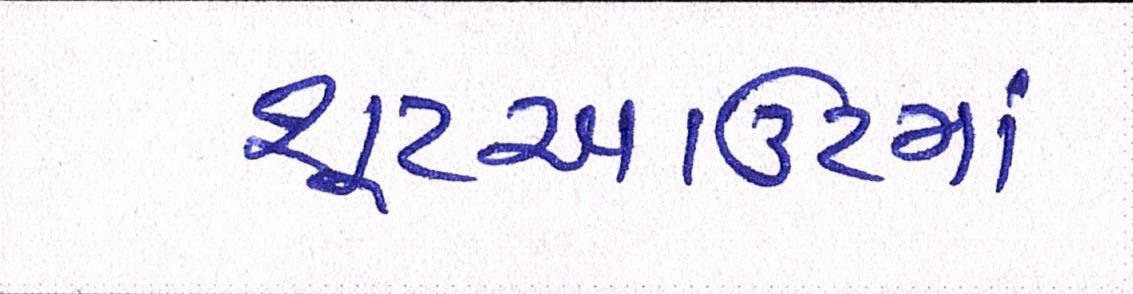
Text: શૂટઆઉટમાં